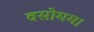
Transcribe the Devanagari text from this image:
वसोमम।